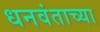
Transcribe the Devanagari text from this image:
धनवंताच्या